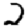
Digit: 2